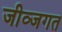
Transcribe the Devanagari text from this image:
जीव्जगत